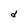
Character: d